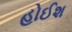
હોઈશ